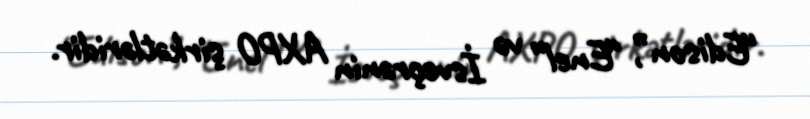
“Edison”, “Enel” və İsveçrənin AXPO şirkətləridir.